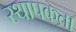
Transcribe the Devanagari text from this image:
स्थापकता